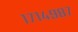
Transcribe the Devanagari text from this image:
१७१४९८७